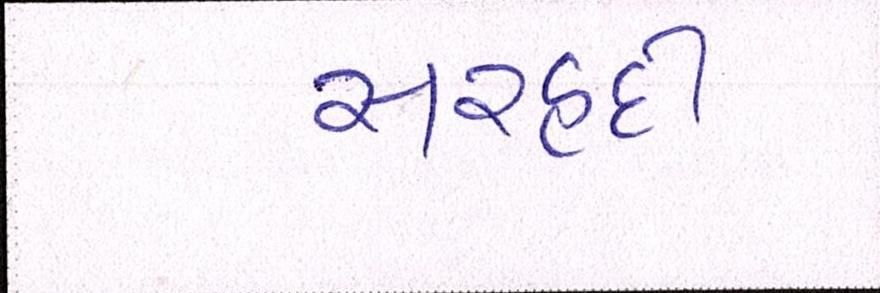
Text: સરહદી